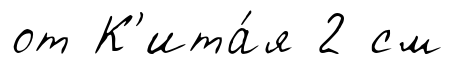
от К'ита́я 2 см